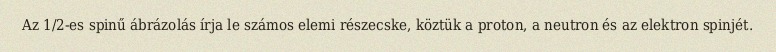
Az 1/2-es spinű ábrázolás írja le számos elemi részecske, köztük a proton, a neutron és az elektron spinjét.